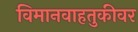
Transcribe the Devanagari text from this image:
विमानवाहतुकीवर